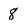
Character: 8